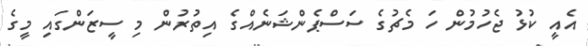
އެއީ ކުޅު ޖެހުމުން ހަ މެޗުގެ ސަސްޕެންޝަނެއްގެ އިތުރުން މި ސީޒަންގައި މީގެ